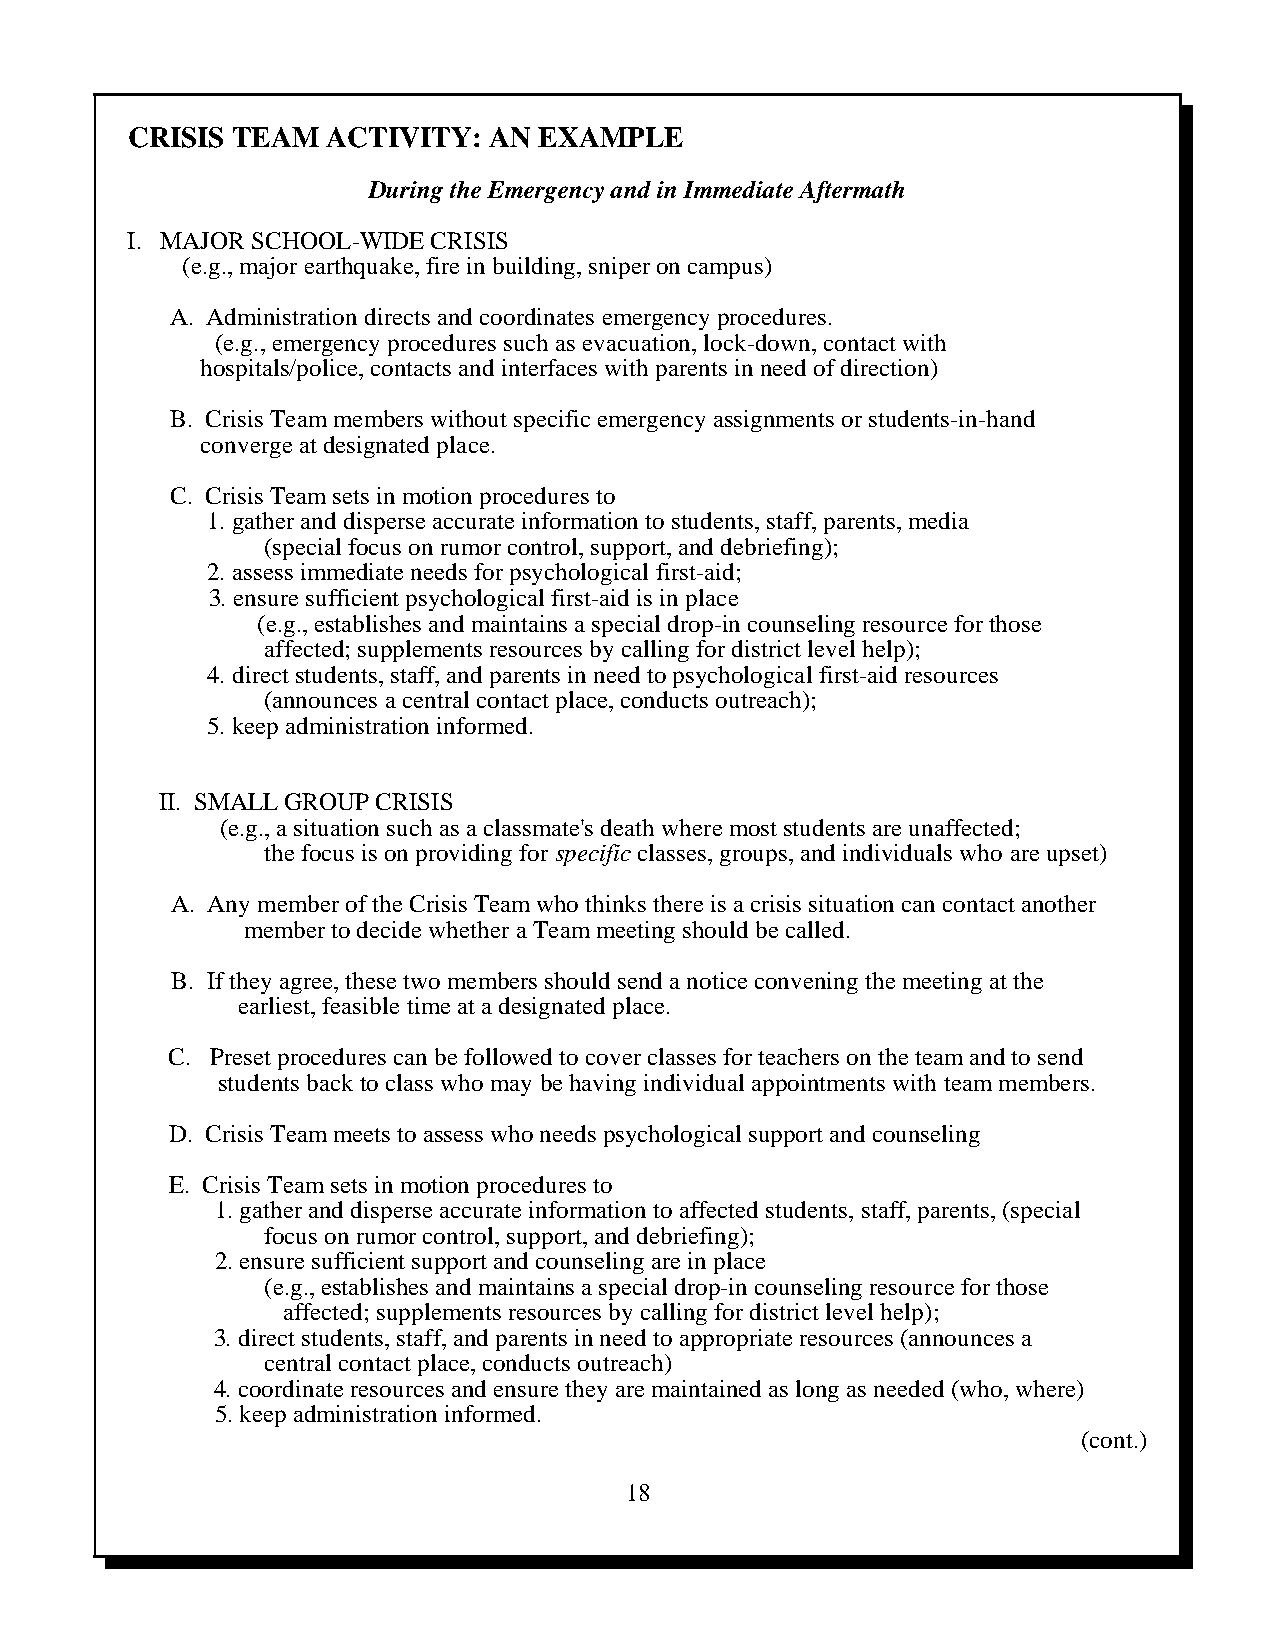
CRISIS TEAM   ACTIVITY: AN  EXAMPLE
 During the Emergency and in Immediate Aftermath
 I. MAJOR SCHOOL-WIDE CRISIS
 (e.g., major earthquake, fire in building, sniper on campus)
 A. Administration directs and coordinates emergency procedures.
 (e.g., emergency procedures such as evacuation, lock-down, contact with
 hospitals/police, contacts and interfaces with parents in need of direction)
 B. Crisis Team members without specific emergency assignments or students-in-hand
 converge at designated place.
 C. Crisis Team sets in motion procedures to
 1. gather and disperse accurate information to students, staff, parents, media
 (special focus on rumor control, support, and debriefing);
 2. assess immediate needs for psychological first-aid;
 3. ensure sufficient psychological first-aid is in place
 (e.g., establishes and maintains a special drop-in counseling resource for those
 affected; supplements resources by calling for district level help);
 4. direct students, staff, and parents in need to psychological first-aid resources
 (announces a central contact place, conducts outreach);
 5. keep administration informed.
 II. SMALL GROUP CRISIS
 (e.g., a situation such as a classmate's death where most students are unaffected;
 the focus is on providing for specific classes, groups, and individuals who are upset)
 A. Any member of the Crisis Team who thinks there is a crisis situation can contact another
 member to decide whether a Team meeting should be called.
 B. If they agree, these two members should send a notice convening the meeting at the
 earliest, feasible time at a designated place.
 C. Preset procedures can be followed to cover classes for teachers on the team and to send
 students back to class who may be having individual appointments with team members.
 D. Crisis Team meets to assess who needs psychological support and counseling
 E. Crisis Team sets in motion procedures to
 1. gather and disperse accurate information to affected students, staff, parents, (special
 focus on rumor control, support, and debriefing);
 2. ensure sufficient support and counseling are in place
 (e.g., establishes and maintains a special drop-in counseling resource for those
 affected; supplements resources by calling for district level help);
 3. direct students, staff, and parents in need to appropriate resources (announces a
 central contact place, conducts outreach)
 4. coordinate resources and ensure they are maintained as long as needed (who, where)
 5. keep administration informed.
 (cont.)
 18